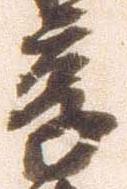
享